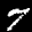
Label: 7